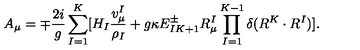
A _ { \mu } = \mp { \frac { 2 i } { g } } \sum _ { I = 1 } ^ { K } [ H _ { I } { \frac { v _ { \mu } ^ { I } } { \rho _ { I } } } + g \kappa E _ { I K + 1 } ^ { \pm } R _ { \mu } ^ { I } \prod _ { I = 1 } ^ { K - 1 } \delta ( R ^ { K } \cdot R ^ { I } ) ] .